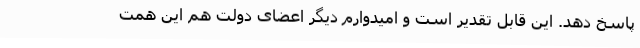
پاسخ دهد. این قابل تقدیر است و امیدوارم دیگر اعضای دولت هم این همت